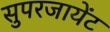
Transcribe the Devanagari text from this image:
सुपरजायेंट